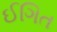
ઈગિત